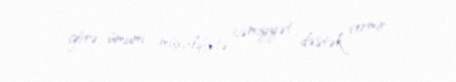
görə ümumi müxalifətə cəmiyyət dəstək vermir.